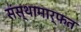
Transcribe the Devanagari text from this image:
संस्थामार्फत